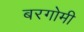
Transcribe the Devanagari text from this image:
बरगोमी